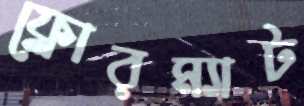
ফ্লোরম্যাট